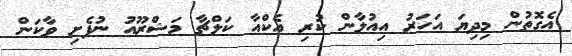
އެގޮތުން މިދިޔަ އަހަރު އިއުލާން ކުރި އެކްއާ ކަލްޗާ މަޝްރޫއު ނުފެށި ވާކަން